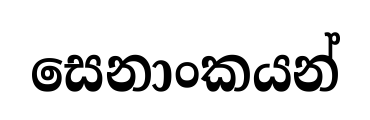
සෙනාංකයන්